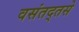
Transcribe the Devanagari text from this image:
वसंतद्तसे